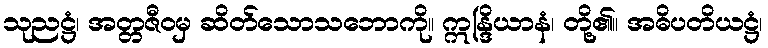
သုညဋ္ဌံ၊ အတ္တဇီဝမှ ဆိတ်သောသဘောကို။ ဣန္ဒြိယာနံ၊ တို့၏။ အဓိပတိယဋ္ဌံ၊